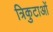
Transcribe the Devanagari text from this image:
त्रिकुटाओं